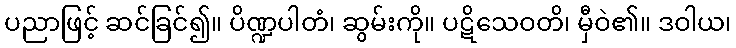
ပညာဖြင့် ဆင်ခြင်၍။ ပိဏ္ဍပါတံ၊ ဆွမ်းကို။ ပဋိသေဝတိ၊ မှီဝဲ၏။ ဒဝါယ၊